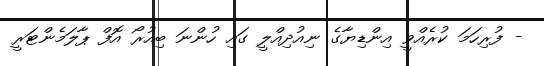
- ފުރިހަމަ ކުރެއްވީ އިންޑިޔާގެ ނިއުދިއްލީ ގައި ހުންނަ ބިއުރޯ އޮފް ޕާލަމެންޓަރީ